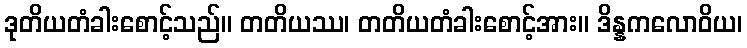
ဒုတိယတံခါးစောင့်သည်။ တတိယဿ၊ တတိယတံခါးစောင့်အား။ ဒိန္နကလောဝိယ၊